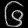
Digit: ၆